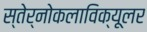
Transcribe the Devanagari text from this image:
स्तेर्नोकलाविक्यूलर